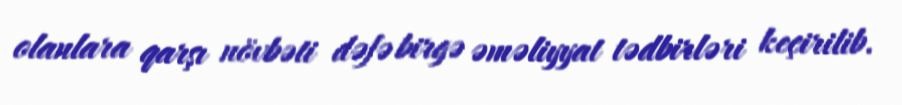
olanlara qarşı növbəti dəfə birgə əməliyyat tədbirləri keçirilib.